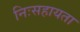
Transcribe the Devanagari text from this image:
निःसहायता